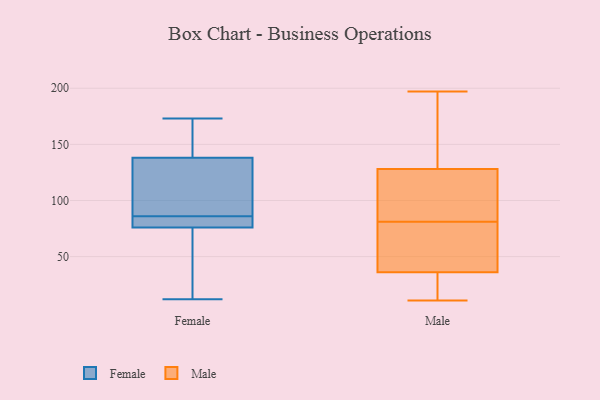
{"axis": {"x": "Revenue (USD Million)", "y": "Value"}, "legend": ["Female", "Male"], "data": [{"x": "", "y": 152, "type": "Female"}, {"x": "", "y": 83, "type": "Female"}, {"x": "", "y": 12, "type": "Female"}, {"x": "", "y": 45, "type": "Female"}, {"x": "", "y": 99, "type": "Female"}, {"x": "", "y": 85, "type": "Female"}, {"x": "", "y": 142, "type": "Female"}, {"x": "", "y": 40, "type": "Female"}, {"x": "", "y": 88, "type": "Female"}, {"x": "", "y": 87, "type": "Female"}, {"x": "", "y": 79, "type": "Female"}, {"x": "", "y": 76, "type": "Female"}, {"x": "", "y": 84, "type": "Female"}, {"x": "", "y": 173, "type": "Female"}, {"x": "", "y": 97, "type": "Female"}, {"x": "", "y": 138, "type": "Female"}, {"x": "", "y": 73, "type": "Female"}, {"x": "", "y": 157, "type": "Female"}, {"x": "", "y": 81, "type": "Male"}, {"x": "", "y": 129, "type": "Male"}, {"x": "", "y": 80, "type": "Male"}, {"x": "", "y": 47, "type": "Male"}, {"x": "", "y": 120, "type": "Male"}, {"x": "", "y": 16, "type": "Male"}, {"x": "", "y": 15, "type": "Male"}, {"x": "", "y": 98, "type": "Male"}, {"x": "", "y": 153, "type": "Male"}, {"x": "", "y": 33, "type": "Male"}, {"x": "", "y": 51, "type": "Male"}, {"x": "", "y": 109, "type": "Male"}, {"x": "", "y": 188, "type": "Male"}, {"x": "", "y": 197, "type": "Male"}, {"x": "", "y": 125, "type": "Male"}, {"x": "", "y": 16, "type": "Male"}, {"x": "", "y": 45, "type": "Male"}, {"x": "", "y": 184, "type": "Male"}, {"x": "", "y": 11, "type": "Male"}]}